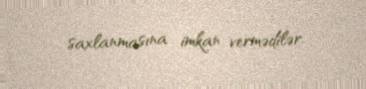
saxlanmasına imkan vermədilər.